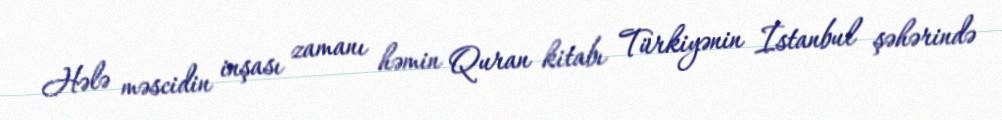
Hələ məscidin inşası zamanı həmin Quran kitabı Türkiyənin İstanbul şəhərində